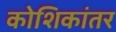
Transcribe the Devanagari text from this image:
कोशिकांतर